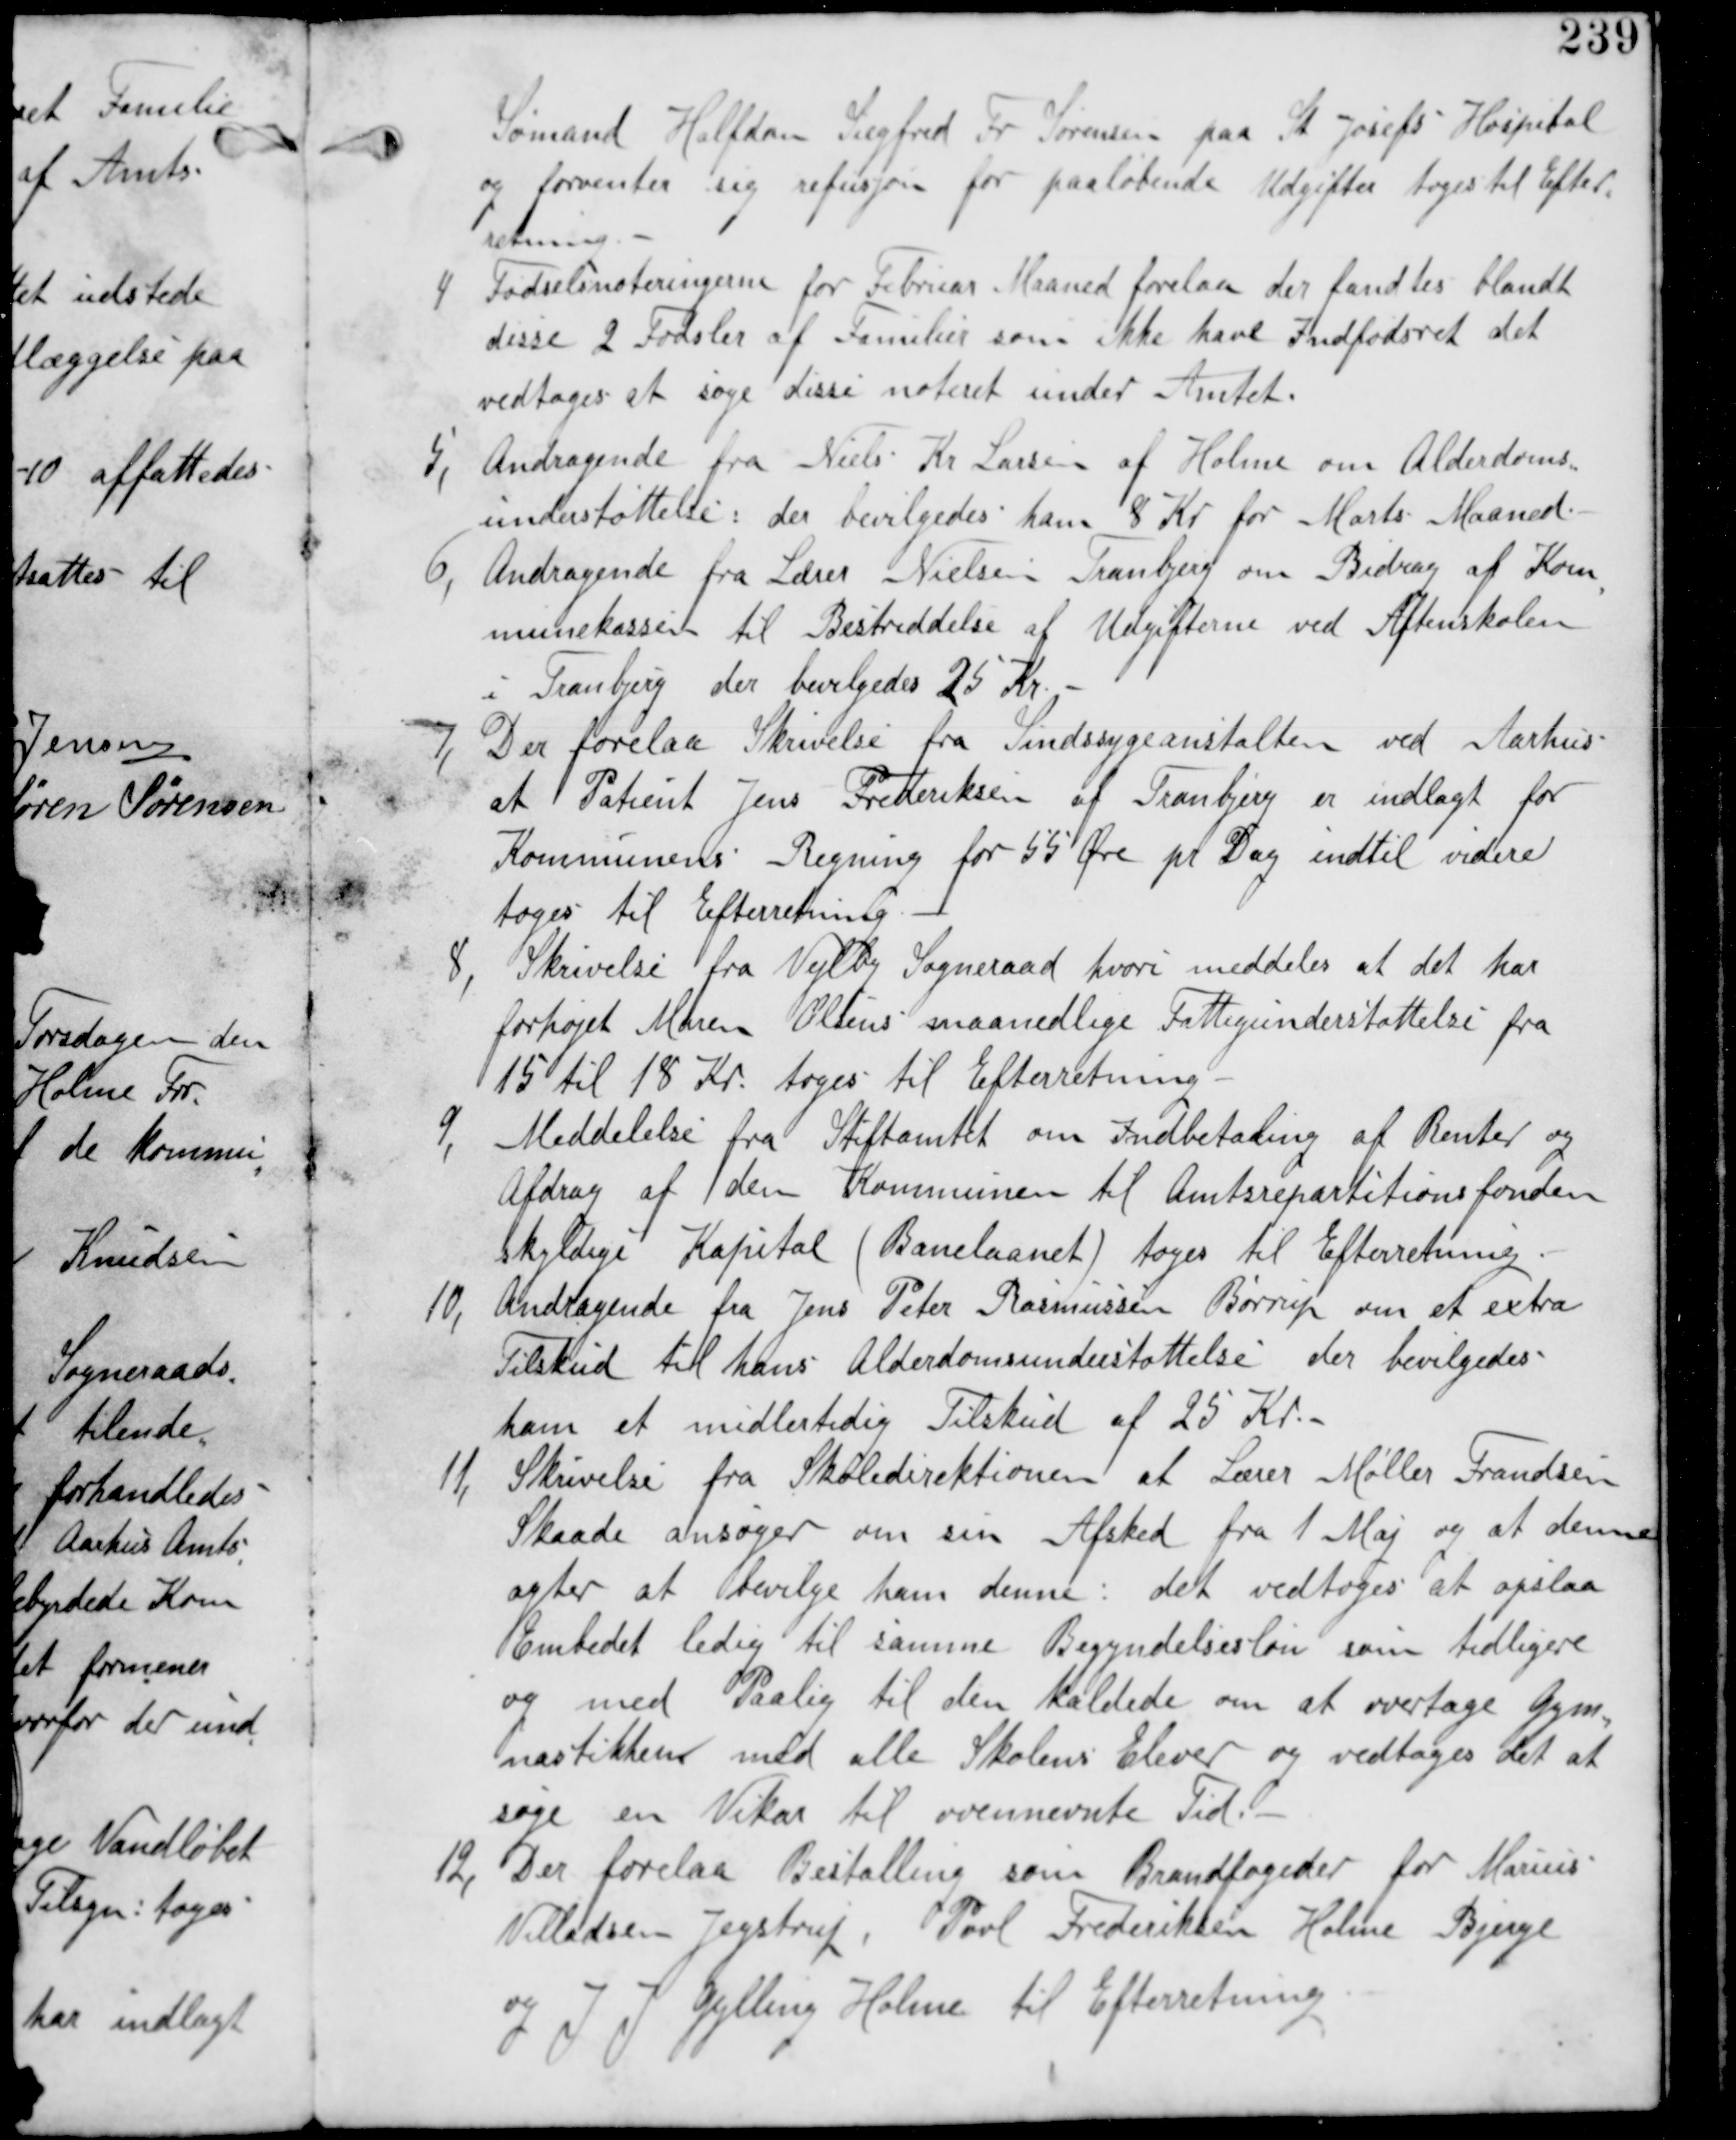
Transskription:
Sømand Halfdan Siegfred Fr Sørensen paa St Josefs Hospital
og forventer sig refusion for paaløbende Udgifter tages til Efter
retning.

4. Fødselsnoteringerne for Februar Maaned forelaa der fandtes blandt
disse 2 Fødsler af Familier som ikke have Indfødselsret det
vedtages at søge disse noteret under Amtet.

5, Andragende fra Niels Kr Larsen af Holme om Alderdoms
understøttelse: der bevilgedes ham 8 Kr for Marts Maaned.

6, Andragende fra Lærer Nielsen i Tranbjerg om Bidrag af Kom
munekassen til Bestriddelse af Udgifterne ved Aftenskolen
i Tranbjerg der bevilgedes 25 Kr.

7, Der forelaa Skrivelse fra Sindsygeanstalten ved Aarhus
at Patient Jens Frederiksen af Tranbjerg er indlagt for
Kommunens Regning for 55 Øre pr Dag indtil videre
tages til Efterretning.

8,
Skrivelse fra Vejlby Sogneraad hvori meddeles at det har
forhøjet Maren Olsens maanedlige Fattigunderstøttelse fra
15 til 18 Kr. tages til Efterretning.

9, Meddelelse fra Stiftamtet om Indbetaling af Renter og
Afdrag af den Kommunen til Amtsrepartitionsfonden
skyldige Kapital (Banelaanet) tages til Efterretning.

10, Andragende fra Jens Peter Rasmussen Børrup om et extra
Tilskud til hans Alderdomsunderstøttelse der bevilgedes
ham et midlertidig Tilskud af 25 Kr.

11, Skrivelse fra Skoledirektionen at Lærer Møller Frandsen
Skaade ansøger om sin Afsked fra 1 Maj og at denne
agter at bevilge ham denne: det vedtages at opslaa
Embedet ledig til samme Begyndelsesløn som tidligere
og med Paalig til den kaldede om at overtage Gym
nastikkene med alle Skolens Elever og vedtages det at
søge en Vikar til ivennævnte Tid.

12, Der forelaa Bestalling som Brandfogeder for Marius
Villadsen Jegstrup, Povl Frederiksen Holme Bjerge
og J J Gylling Holme til Efterretning.